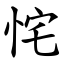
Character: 㤞